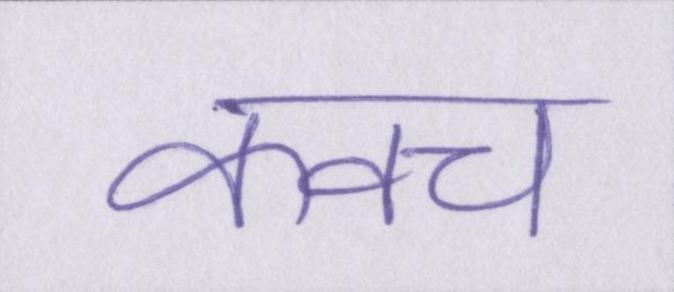
कवच